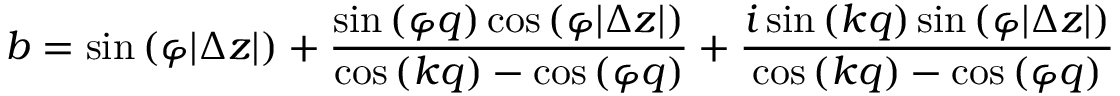
b = \sin { ( \varphi | \Delta z | ) } + \frac { \sin { ( \varphi q ) } \cos { ( \varphi | \Delta z | ) } } { \cos { ( k q ) } - \cos { ( \varphi q ) } } + \frac { i \sin { ( k q ) } \sin { ( \varphi | \Delta z | ) } } { \cos { ( k q ) } - \cos { ( \varphi q ) } }